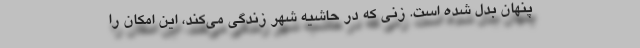
پنهان بدل شده است. زني كه در حاشيه شهر زندگي مي‌كند، اين امكان را